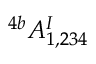
^ { 4 b } A _ { 1 , 2 3 4 } ^ { I }